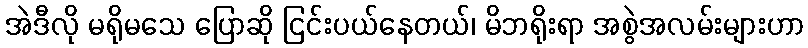
အဲဒီလို မရိုမသေ ပြောဆို ငြင်းပယ်နေတယ်၊ မိဘရိုးရာ အစွဲအလမ်းများဟာ